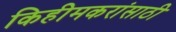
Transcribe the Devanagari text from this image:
किहीमकरांसाठी